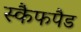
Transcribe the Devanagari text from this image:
स्कैफपैड